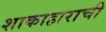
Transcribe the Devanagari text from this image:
शाकाहाराची